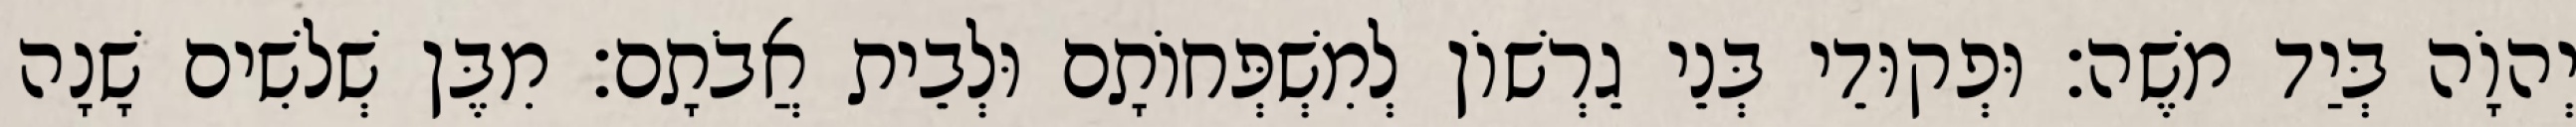
יְהוָֹה בְּיַד משֶׁה׃ וּפְקוּדֵי בְּנֵי גֵרְשׁוֹן לְמִשְׁפְּחוֹתָם וּלְבֵית אֲבֹתָם׃ מִבֶּן שְׁלשִׁים שָׁנָה